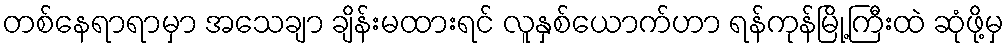
တစ်နေရာရာမှာ အသေချာ ချိန်းမထားရင် လူနှစ်ယောက်ဟာ ရန်ကုန်မြို့ကြီးထဲ ဆုံဖို့မှ